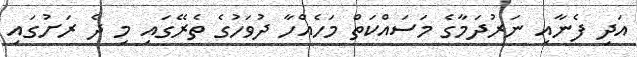
އަދި ފެނާއި ނަރުދަމާގެ މަސައްކަތް މަހެއްހާ ދުވަހުގެ ތެރޭގައި މި ދެ ރަށުގައި